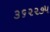
૩૬૨૨૭૫